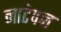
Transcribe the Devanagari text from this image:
नाटेपन